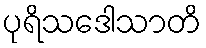
ပုရိသဒေါသာတိ